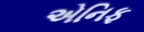
એનિફ